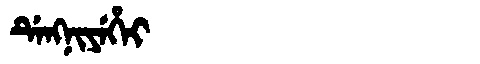
Manchu: ᡩᡝᠩᠨᡳᠶᡝᡥᡝᡳ
Romanization: DENGNIYEHEI